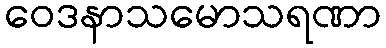
ဝေဒနာသမောသရဏာ